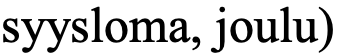
syysloma, joulu)